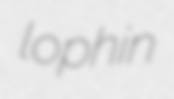
lophin